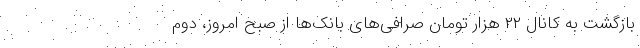
بازگشت به کانال ۲۲ هزار تومان صرافی‌های بانک‌ها از صبح امروز، دوم